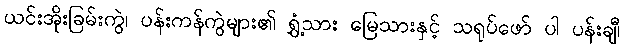
ယင်းအိုးခြမ်းကွဲ၊ ပန်းကန်ကွဲများ၏ ရွှံ့သား မြေသားနှင့် သရုပ်ဖော် ပါ ပန်းချီ၊